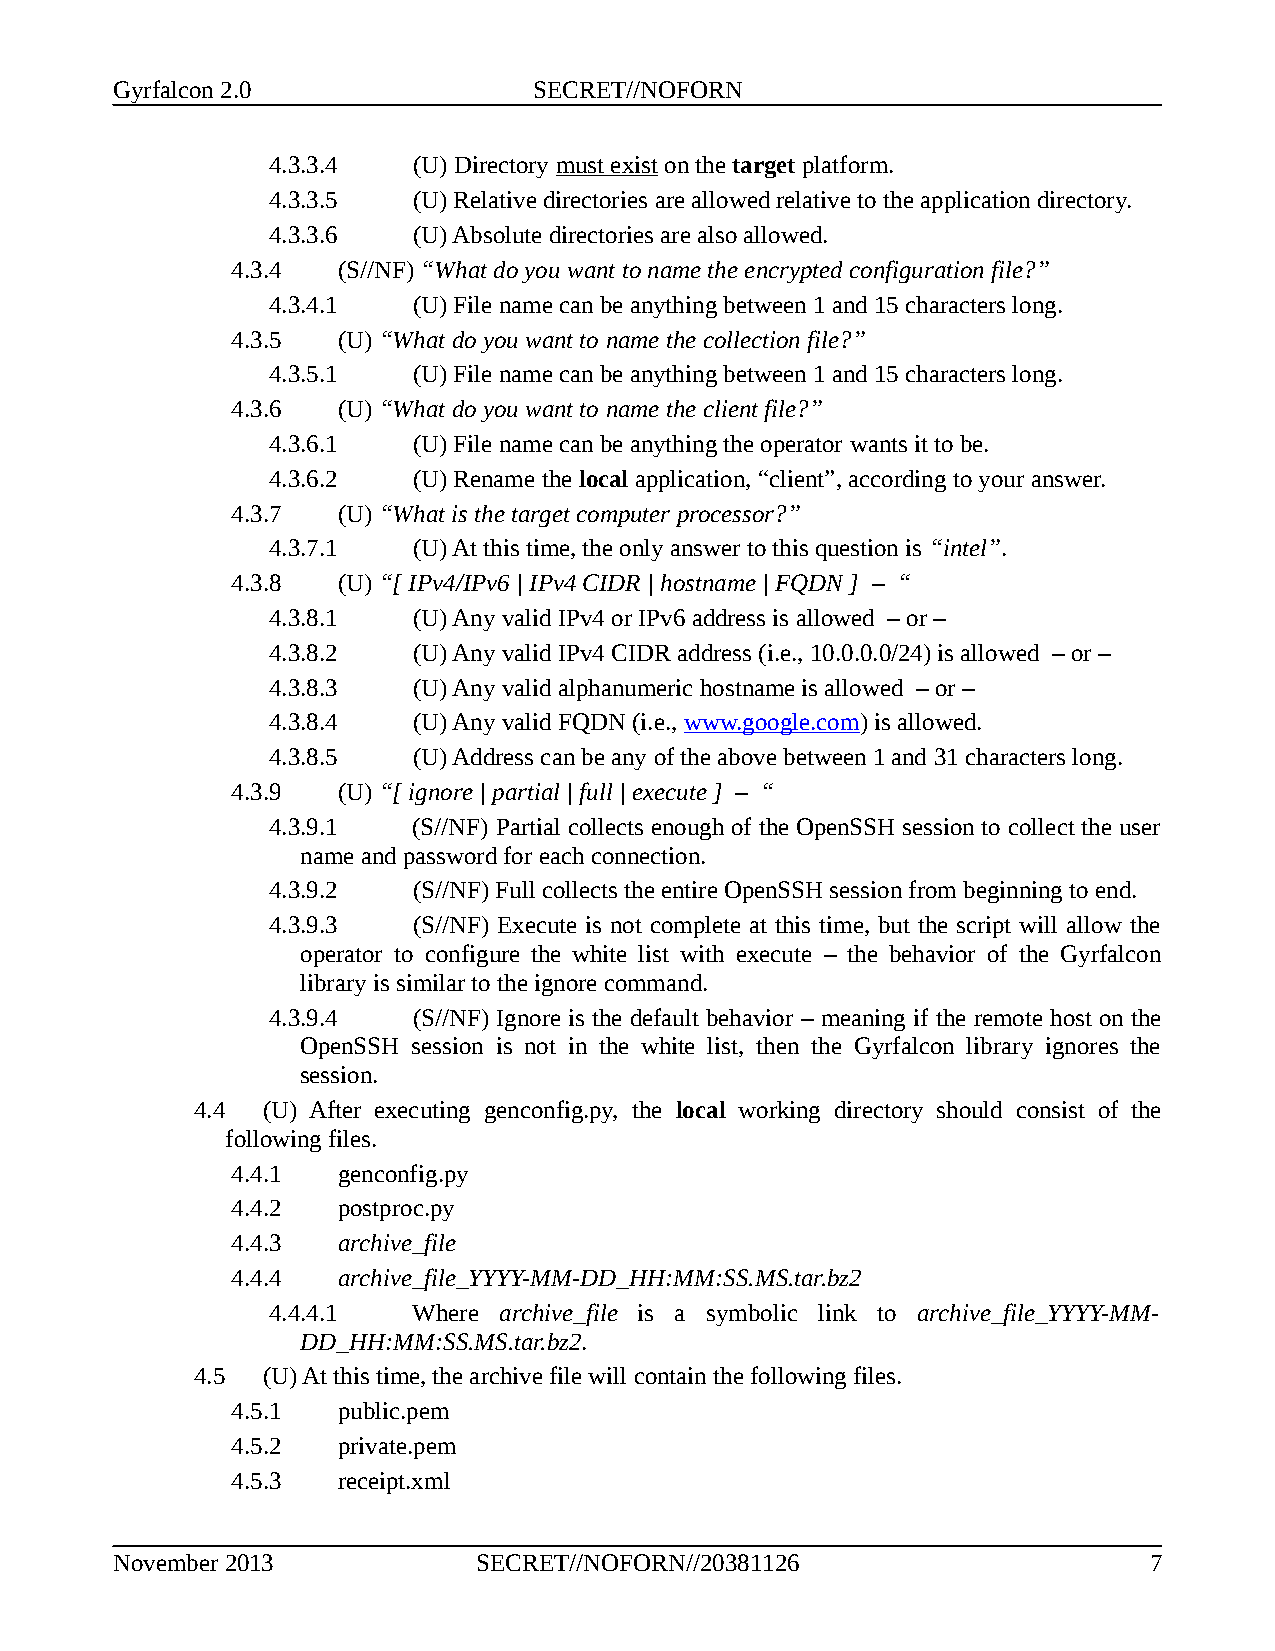
Gyrfalcon 2.0               SECRET//NOFORN
 4.3.3.4  (U) Directory must exist on the target platform.
 4.3.3.5  (U) Relative directories are allowed relative to the application directory.
 4.3.3.6  (U) Absolute directories are also allowed.
 4.3.4  (S//NF) “What do you want to name the encrypted configuration file?”
 4.3.4.1  (U) File name can be anything between 1 and 15 characters long.
 4.3.5  (U) “What do you want to name the collection file?”
 4.3.5.1  (U) File name can be anything between 1 and 15 characters long.
 4.3.6  (U) “What do you want to name the client file?”
 4.3.6.1  (U) File name can be anything the operator wants it to be.
 4.3.6.2  (U) Rename the local application, “client”, according to your answer.
 4.3.7  (U) “What is the target computer processor?”
 4.3.7.1  (U) At this time, the only answer to this question is “intel”.
 4.3.8  (U) “[ IPv4/IPv6 | IPv4 CIDR | hostname | FQDN ] – “
 4.3.8.1  (U) Any valid IPv4 or IPv6 address is allowed – or –
 4.3.8.2  (U) Any valid IPv4 CIDR address (i.e., 10.0.0.0/24) is allowed – or –
 4.3.8.3  (U) Any valid alphanumeric hostname is allowed – or –
 4.3.8.4  (U) Any valid FQDN (i.e., www.google.com) is allowed.
 4.3.8.5  (U) Address can be any of the above between 1 and 31 characters long.
 4.3.9  (U) “[ ignore | partial | full | execute ] – “
 4.3.9.1  (S//NF) Partial collects enough of the OpenSSH session to collect the user
 name and password for each connection.
 4.3.9.2  (S//NF) Full collects the entire OpenSSH session from beginning to end.
 4.3.9.3  (S//NF) Execute is not complete at this time, but the script will allow the
 operator to configure the white list with execute – the behavior of the Gyrfalcon
 library is similar to the ignore command.
 4.3.9.4  (S//NF) Ignore is the default behavior – meaning if the remote host on the
 OpenSSH session is not in the white list, then the Gyrfalcon library ignores the
 session.
 4.4 (U) After executing genconfig.py, the local working directory should consist of the
 following files.
 4.4.1  genconfig.py
 4.4.2  postproc.py
 4.4.3  archive_file
 4.4.4  archive_file_YYYY-MM-DD_HH:MM:SS.MS.tar.bz2
 4.4.4.1  Where archive_file is a symbolic link to archive_file_YYYY-MM-
 DD_HH:MM:SS.MS.tar.bz2.
 4.5 (U) At this time, the archive file will contain the following files.
 4.5.1  public.pem
 4.5.2  private.pem
 4.5.3  receipt.xml
 November 2013            SECRET//NOFORN//20381126                    7